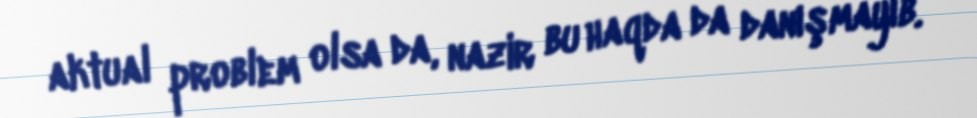
aktual problem olsa da, nazir bu haqda da danışmayıb.